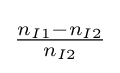
{\tfrac {n_{I1}-n_{I2}}{n_{I2}}}